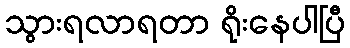
သွားရလာရတာ ရိုးနေပါပြီ